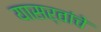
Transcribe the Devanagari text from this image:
यासर्वांचे